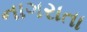
નાગરાતા